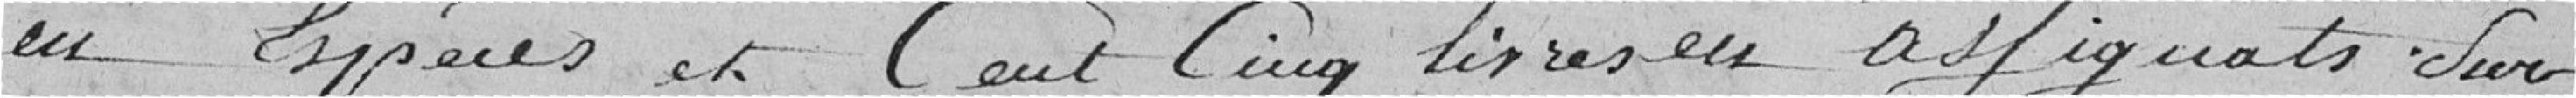
en espèces, et cent cinq livres en assignats; sur